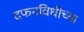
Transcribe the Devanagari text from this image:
दफनविधीच्या